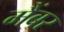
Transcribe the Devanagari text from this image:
मैंबर